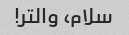
سلام، والتر!